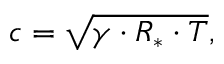
c = { \sqrt { \gamma \cdot R _ { * } \cdot T } } ,